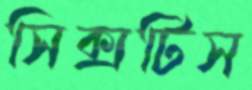
সিক্সটিস